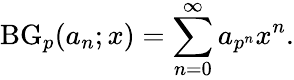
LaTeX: \operatorname{BG}_{p}(a_{n};x)=\sum_{n=0}^{\infty}a_{p^{n}}x^{n}.